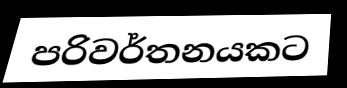
පරිවර්තනයකට